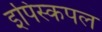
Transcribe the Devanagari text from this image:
इपिस्कपल